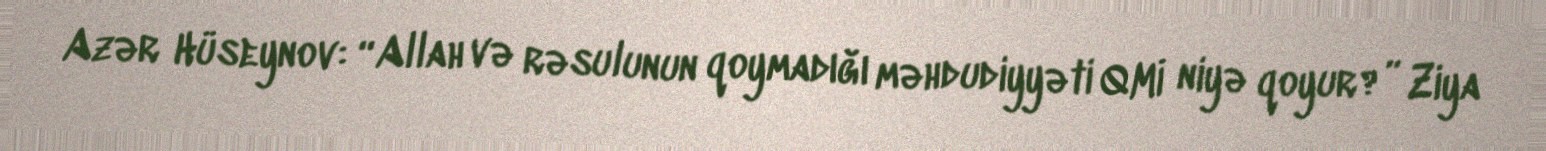
Azər Hüseynov: “Allah və rəsulunun qoymadığı məhdudiyyəti QMİ niyə qoyur?” Ziya